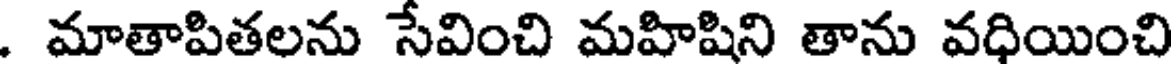
. మాతాపితలను సేవించి మహిషిని తాను వధియించి